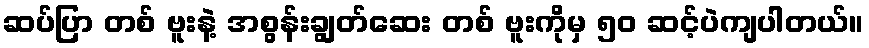
ဆပ်ပြာ တစ် ဗူးနဲ့ အစွန်းချွတ်ဆေး တစ် ဗူးကိုမှ ၅၀ ဆင့်ပဲကျပါတယ်။